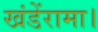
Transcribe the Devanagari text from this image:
खंडेंरामा।